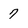
Character: 7